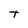
Character: T